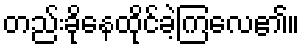
တည်းခိုနေထိုင်ခဲ့ကြလေ၏။